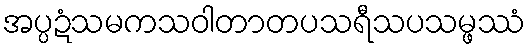
အပ္ပဍံသမကသဝါတာတပသရီသပသမ္ဖဿံ